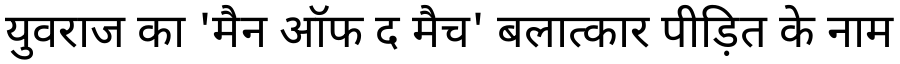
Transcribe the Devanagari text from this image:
युवराज का 'मैन ऑफ द मैच' बलात्कार पीड़ित के नाम